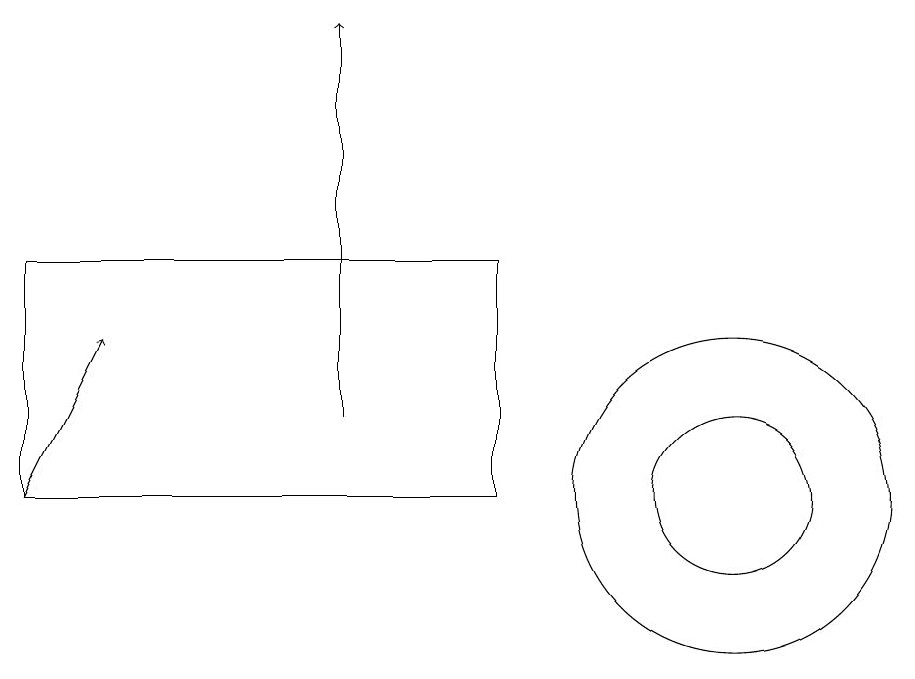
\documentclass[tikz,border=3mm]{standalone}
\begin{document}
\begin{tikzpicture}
\draw (10,11) circle (2);
\draw (1,11) rectangle (7,14);
\draw[->] (5,12) -- (5,17);
\draw[->] (1,11) -- (2,13);
\draw (6,11) rectangle (1,11);
\draw (10,11) circle (1);
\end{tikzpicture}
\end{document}